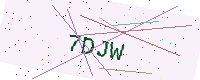
Text: 7DJW